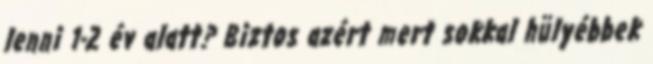
lenni 1-2 év alatt? Biztos azért mert sokkal hülyébbek